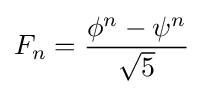
F_{n}={\frac {\phi ^{n}-\psi ^{n}}{\sqrt {5}}}